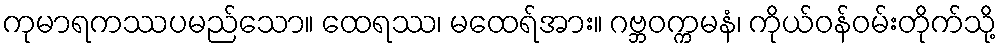
ကုမာရကဿပမည်သော။ ထေရဿ၊ မထေရ်အား။ ဂဗ္ဘဝက္ကမနံ၊ ကိုယ်ဝန်ဝမ်းတိုက်သို့